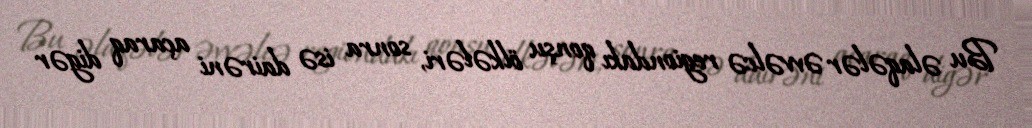
Bu əlaqələr əvvəlcə regiondakı qonşu ölkələri, sonra isə dairəni açaraq digər